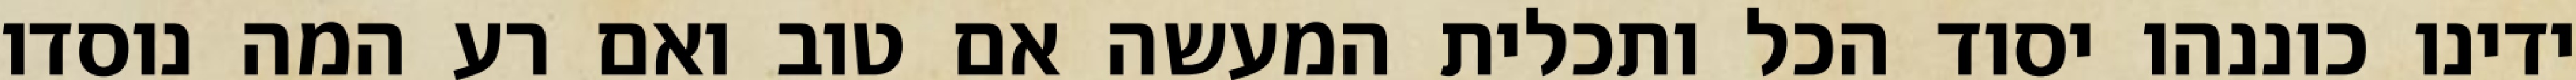
ידינו כוננהו יסוד הכל ותכלית המעשה אם טוב ואם רע המה נוסדו